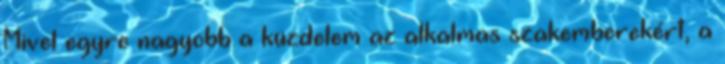
Mivel egyre nagyobb a küzdelem az alkalmas szakemberekért, a